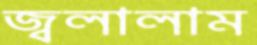
জ্বলালাম